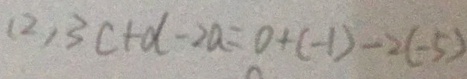
( 2 ) 3 c + d - 2 a = 0 + ( - 1 ) - 2 ( - 5 )